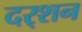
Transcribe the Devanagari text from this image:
दर्‍शन